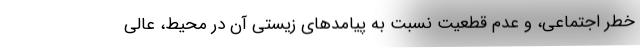
خطرِ اجتماعی، و عدم قطعیت نسبت به پیامدهای زیستی آن در محیط، عالی